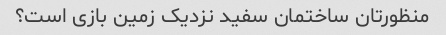
منظورتان ساختمان سفید نزدیک زمین بازی است؟